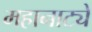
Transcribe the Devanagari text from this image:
महानाट्ये